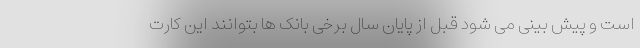
است و پیش بینی می شود قبل از پایان سال برخی بانک ها بتوانند این کارت